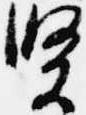
賢